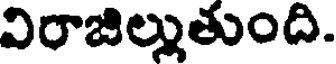
విరాజిల్లుతుంది.